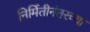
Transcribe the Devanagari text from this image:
निर्मितीनंतरच्‍या